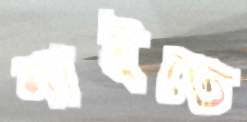
নাইতে